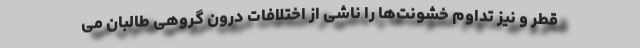
قطر و نیز تداوم خشونت‌ها را ناشی از اختلافات درون گروهی طالبان می